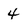
Character: 4